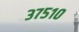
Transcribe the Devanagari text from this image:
३७५१०